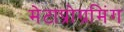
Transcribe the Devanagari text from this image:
मेटाप्रोग्रमिंग